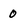
Character: 0